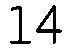
14